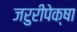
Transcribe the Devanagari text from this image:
जरुरीपेक्षा